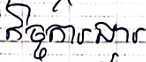
កិច្ចការងារ